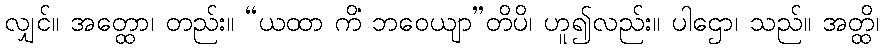
လျှင်။ အတ္ထော၊ တည်း။ “ယထာ ကိံ ဘဝေယျာ”တိပိ၊ ဟူ၍လည်း။ ပါဌော၊ သည်။ အတ္ထိ၊